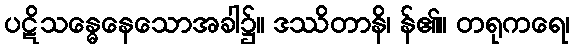
ပဋိသန္ဓေနေသောအခါ၌။ ဒဿိတာနိ၊ န်၏။ တရုကရေ၊